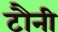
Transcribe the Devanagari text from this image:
टौनी